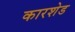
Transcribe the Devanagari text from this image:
कारशेड